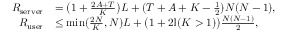
\begin{array} { r l } { R _ { \mathrm { s e r v e r } } } & { = \big ( 1 + \frac { 2 A + T } { K } \big ) L + ( T + A + K - \frac { 1 } { 2 } ) { N ( N - 1 ) } , } \\ { R _ { \mathrm { u s e r } } } & { \le \operatorname* { m i n } ( \frac { 2 N } { K } , N ) L + \big ( 1 + 2 \mathbb { I } ( K > 1 ) \big ) \frac { N ( N - 1 ) } { 2 } , } \end{array}